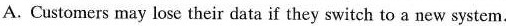
A. Customers may lose their dataif they switch to a new system.